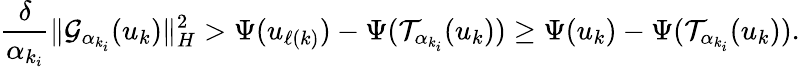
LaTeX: \frac{\delta}{{\alpha}_{k_{i}}}\| {\mathcal{G}}_{{\alpha}_{k_{i}}}(u_{k})\| _{H}^{2}>{\Psi}(u_{\ell(k)})-{\Psi}({\mathcal{T}}_{{\alpha}_{k_{i}}}(u_{k}))\geq{\Psi}(u_{k})-{\Psi}({\mathcal{T}}_{{\alpha}_{k_{i}}}(u_{k})).